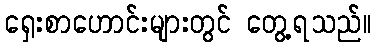
ရှေးစာဟောင်းများတွင် တွေ့ရသည်။